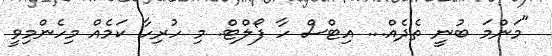
"މަންމަ ބުނީ ތެދެއް... އިޓްސް ހާ ފޯލްޓް. މި ހުރިހާ ކަމެއް މިހެންމިވީ